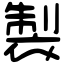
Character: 製